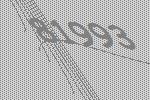
81993